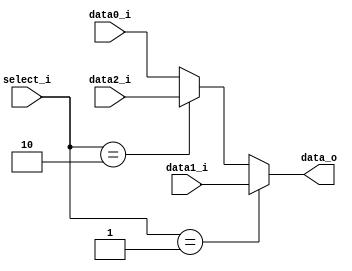

module MUX_3to1(
    data0_i,
    data1_i,
    data2_i,
    select_i,
    data_o
    );

parameter size = 32;

//I/O ports
input   [size-1:0] data0_i;
input   [size-1:0] data1_i;
input   [size-1:0] data2_i;
input   [2-1:0]    select_i;
output  [size-1:0] data_o;

//Internal Signals
reg     [size-1:0] data_o;
always @(*)
    begin
        if (select_i==1) begin
            data_o<=data1_i;
        end
        else if(select_i==2)begin
            data_o<=data2_i;
        end
        else begin
            data_o<=data0_i;
        end
    end

endmodule